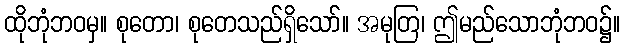
ထိုဘုံဘဝမှ။ စုတော၊ စုတေသည်ရှိသော်။ အမုတြ၊ ဤမည်သောဘုံဘဝ၌။